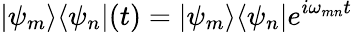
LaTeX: |\psi_{m}\rangle\langle\psi_{n}|(t)=|\psi_{m}\rangle\langle\psi_{n}|e^{i\omega_{mn}t}